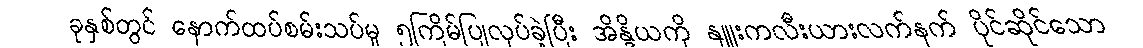
ခုနှစ်တွင် နောက်ထပ်စမ်းသပ်မှု ၅ကြိမ်ပြုလုပ်ခဲ့ပြီး အိန္ဒိယကို နျူးကလီးယားလက်နက် ပိုင်ဆိုင်သော